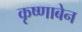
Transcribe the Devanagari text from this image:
कृष्णाबेन